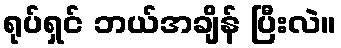
ရုပ်ရှင် ဘယ်အချိန် ပြီးလဲ။